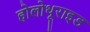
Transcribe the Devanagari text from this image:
होलोथूराइड